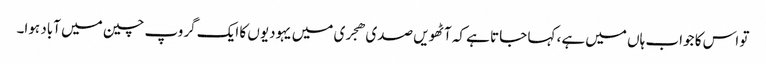
تو اس کا جواب ہاں میں ہے، کہا جاتا ہے کہ آٹھویں صدی ھجری میں یہودیوں کا ایک گروپ چین میں آباد ہوا۔